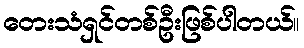
တေးသံရှင်တစ်ဦးဖြစ်ပါတယ်။